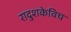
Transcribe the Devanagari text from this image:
रादुशकेविच